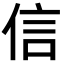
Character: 信